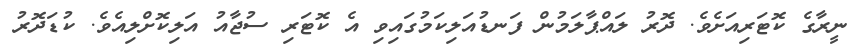
ނީރާގެ ކޮޓަރިއަށެވެ. ދޮރު ލައްޕާލަމުން ފަނޑުއަލިކަމުގައިވި އެ ކޮޓަރި ސުޖާއު އަލިކޮށްލިއެވެ. ކުޑަދޮރު